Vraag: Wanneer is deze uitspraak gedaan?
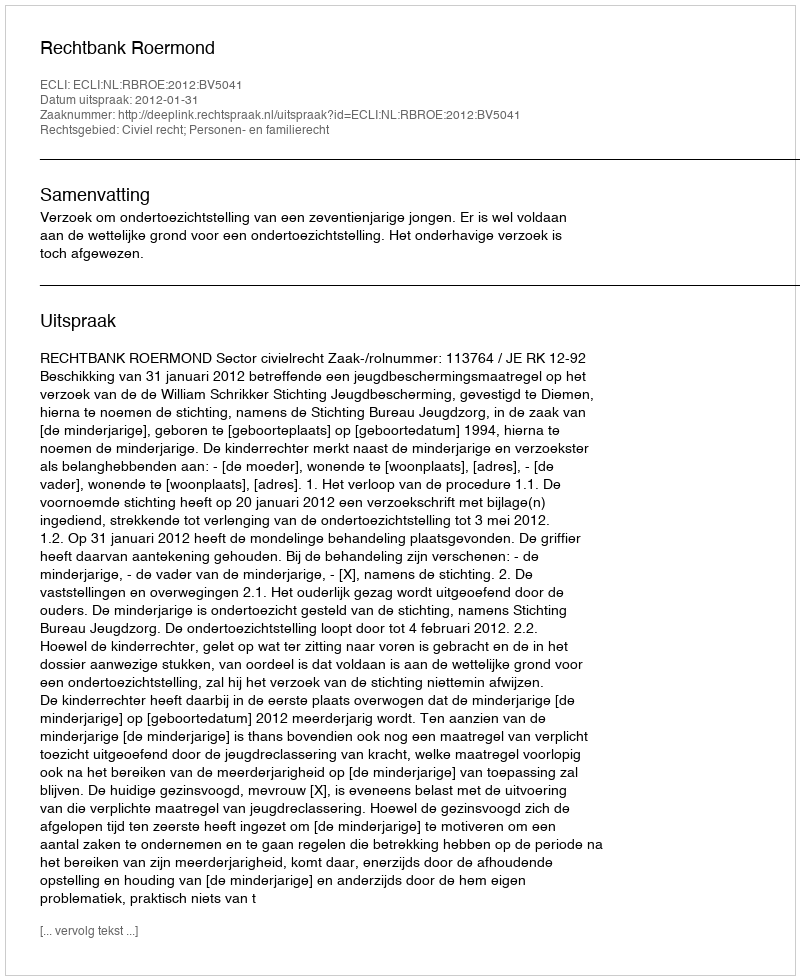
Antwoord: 2012-01-31